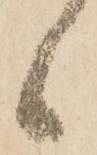
候